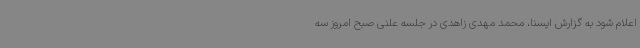
اعلام شود به گزارش ایسنا، محمد مهدی زاهدی در جلسه علنی صبح امروز سه